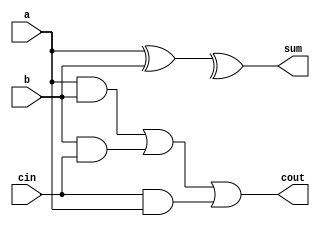
module top_module( 
    input a, b, cin,
    output cout, sum );
	assign sum=a^b^c;
    assign cout = a&b | b&cin | cin&a;
endmodule